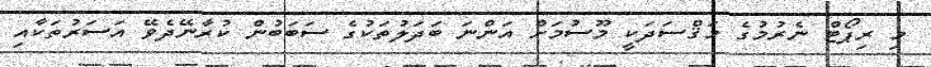
މި ރިޕޯޓް ނެރުމުގެ މަޤްސަދަކީ މޫސުމަށް އަންނަ ބަދަލުތަކުގެ ސަބަބުން ކުރާނޭދެވޭ އަސަރުތަކާއި